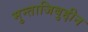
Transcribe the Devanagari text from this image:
मुन्ताजिबुद्दीन